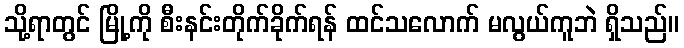
သို့ရာတွင် မြို့ကို စီးနင်းတိုက်ခိုက်ရန် ထင်သလောက် မလွယ်ကူဘဲ ရှိသည်။